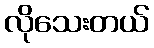
လိုသေးတယ်